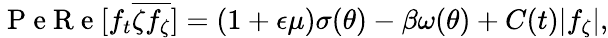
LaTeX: \mathrm{~P~e~R~e~}[f_{t}\overline{{\zeta f_{\zeta}}}]=(1+\epsilon\mu)\sigma(\theta)-\beta\omega(\theta)+C(t)\lvert f_{\zeta}\vert,